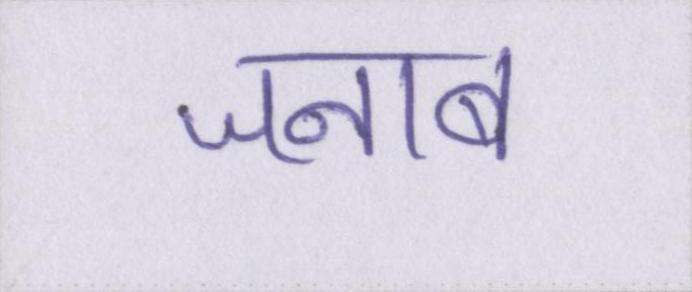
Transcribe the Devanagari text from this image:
जनाब